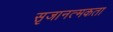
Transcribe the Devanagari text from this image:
सृजानत्मकता